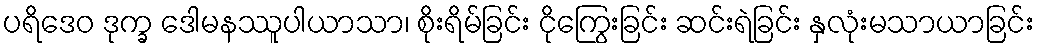
ပရိဒေဝ ဒုက္ခ ဒေါမနဿူပါယာသာ၊ စိုးရိမ်ခြင်း ငိုကြွေးခြင်း ဆင်းရဲခြင်း နှလုံးမသာယာခြင်း